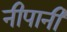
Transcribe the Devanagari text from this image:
नीपानी